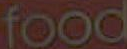
food